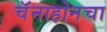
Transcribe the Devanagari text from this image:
चॅनाहोनचा